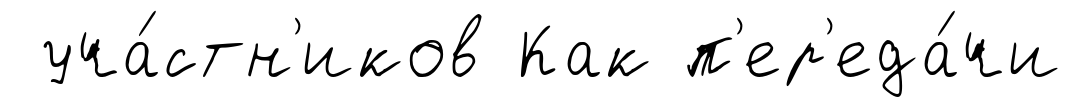
уча́стн'иков Как п'ер'еда́чи